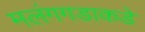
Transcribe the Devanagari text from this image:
मलंगगडाकडे